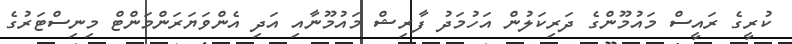
ކުރީގެ ރައީސް މައުމޫންގެ ދަރިކަލުން އަހުމަދު ފާރިޝް މައުމޫނާއި އަދި އެންވަޔަރަންމަންޓް މިނިސްޓަރުގެ